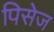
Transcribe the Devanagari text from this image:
पिसेज